Civil Veterinary Dept. Bombay admin report 1893-99 - 1893-1899
Year: 1893
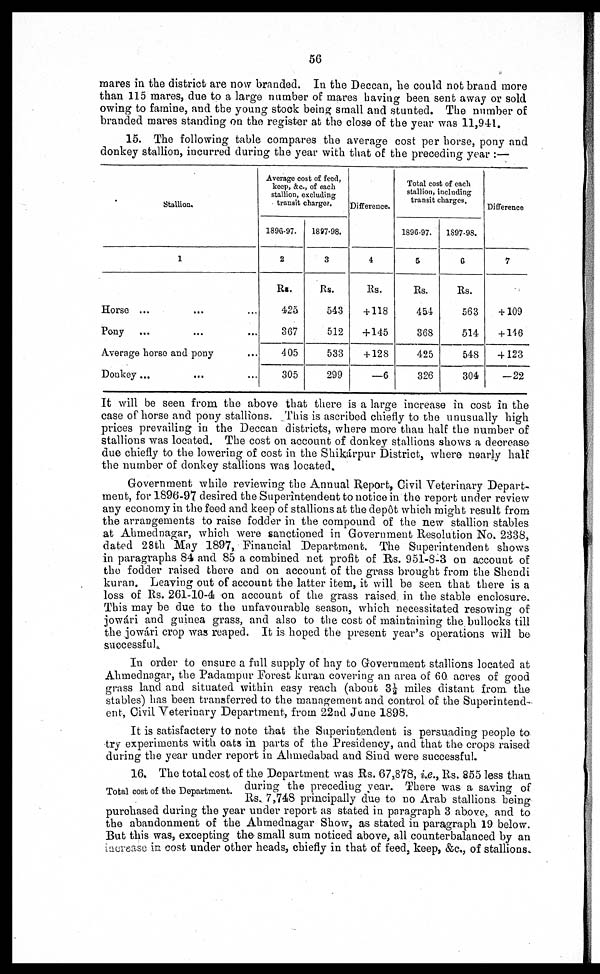
56
mares in the district are now branded. In the Deccan, he could not brand more
than 115 mares, due to a large number of mares having been sent away or sold
owing to famine, and the young stock being small and stunted. The number of
branded mares standing on the register at the close of the year was 11,941.
15. The following table compares the average cost per horse, pony and
donkey stallion, incurred during the year with that of the preceding year :—
Stallion.
1
Horse ... … …
Pony … … …
Average horse and pony …
Donkey … … …
Average cost of feed,
keep, &c., of each
stallion, excluding
transit charges.
1896-97.
2
Rs.
425
367
405
305
1897-98.
3
Rs.
543
512
533
299
Difference.
4
Rs.
+118
+ 145
+ 128
—6
Total cost of each
stallion, including
transit charges.
1896-97.
5
Rs.
454
368
425
326
1S97-98.
6
Rs.
563
514
548
304
Difference
7
+ 109
+ 146
+ 123
—22
It will be seen from the above that there is a large increase in cost in the
case of horse and pony stallions. This is ascribed chiefly to the unusually high
prices prevailing in the Deccan districts, where more than half the number of
stallions was located. The cost on account of donkey stallions shows a decrease
due chiefly to the lowering of cost in the Shikárpur District, where nearly half
the number of donkey stallions was located.
Government while reviewing the Annual Report, Civil Veterinary Depart-
ment, for 1896-97 desired the Superintendent to notice in the report under review
any economy in the feed and keep of stallions at the depôt which might result from
the arrangements to raise fodder in the compound of the new stallion stables
at Ahmednagar, which were sanctioned in Government Resolution No. 2338,
dated 28th May 1897, Financial Department. The Superintendent shows
in paragraphs 84 and 85 a combined net profit of Rs. 951-8-3 on account of
the fodder raised there and on account of the grass brought from the Shendi
kuran. Leaving out of account the latter item, it will be seen that there is a
loss of Rs. 261-10-4 on account of the grass raised in the stable enclosure.
This may be due to the unfavourable season, which necessitated resowing of
jowári and guinea grass, and also to the cost of maintaining the bullocks till
the jowári crop was reaped. It is hoped the present year's operations will be
successful.
In order to ensure a full supply of hay to Government stallions located at
Ahmednagar, the Padampur Forest kuran covering an area of 60 acres of good
grass land and situated within easy reach (about 3½ miles distant from the
stables) has been transferred to the management and control of the Superintend-
ent, Civil Veterinary Department, from 22nd June 1898.
It is satisfactery to note that the Superintendent is persuading people to
try experiments with oats in parts of the Presidency, and that the crops raised
during the year under report in Ahmedabad and Sind were successful.
Total cost of the Department.
16. The total cost of the Department was Rs. 67,878, i.e., Rs. 855 less than
during the preceding year. There was a saving of
Rs. 7,748 principally due to no Arab stallions being
purchased during the year under report as stated in paragraph 3 above, and to
the abandonment of the Ahmednagar Show, as stated in paragraph 19 below.
But this was, excepting the small sum noticed above, all counterbalanced by an
increase in cost under other heads, chiefly in that of feed, keep, &c., of stallions.